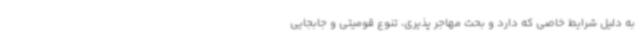
به دلیل شرایط خاصی که دارد و بحث مهاجر پذیری، تنوع قومیتی و جابجایی